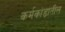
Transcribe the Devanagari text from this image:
कर्मकांडातील